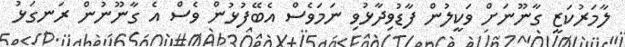
ލާމަރުކަޒީ ގާނޫނަށް ވަކީލުން ފާޑުވިދާޅުވި ނަމަވެސް އެބޭފުޅުން ވެސް އެ ގާނޫނުން ރަނގަޅު